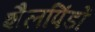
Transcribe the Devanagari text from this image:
शैलपिंडों